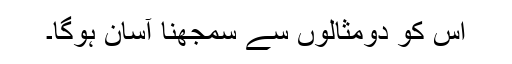
اس کو دومثالوں سے سمجھنا آسان ہوگا۔